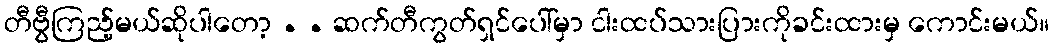
တီဗွီကြည့်မယ်ဆိုပါတော့ . . ဆက်တီကွတ်ရှင်ပေါ်မှာ ငါးထပ်သားပြားကိုခင်းထားမှ ကောင်းမယ်။